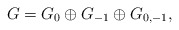
\begin{align*}G=G_0\oplus G_{-1}\oplus G_{0,-1},\,\end{align*}